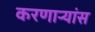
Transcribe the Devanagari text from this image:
करणाऱ्यांस